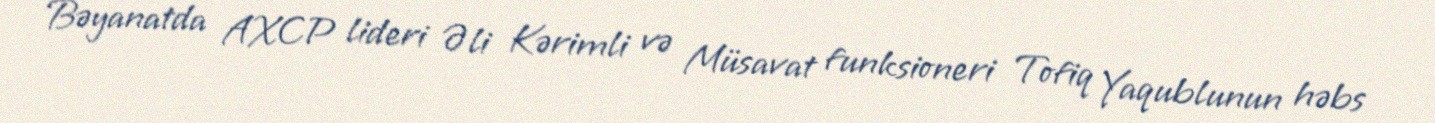
Bəyanatda AXCP lideri Əli Kərimli və Müsavat funksioneri Tofiq Yaqublunun həbs